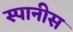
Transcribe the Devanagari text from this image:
स्पानीस